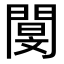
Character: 閺